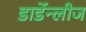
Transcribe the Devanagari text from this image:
डार्डेन्लीज